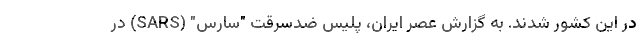
در این کشور شدند. به گزارش عصر ایران، پلیس ضدسرقت "سارس" (SARS) در